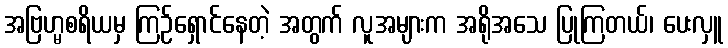
အဗြဟ္မစရိယမှ ကြဉ်ရှောင်နေတဲ့ အတွက် လူအများက အရိုအသေ ပြုကြတယ်၊ ပေးလှူ